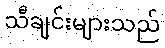
သီချင်းများသည်